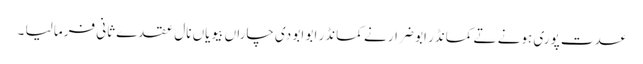
عدت پوری ہونے تے کمانڈر ابو ضرار نے کمانڈر ابو ابو دی چاراں بیویاں نال عقدے ثانی فرما لیا ۔